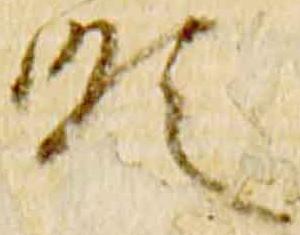
順